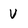
Character: V